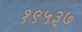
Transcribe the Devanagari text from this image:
१९५३७